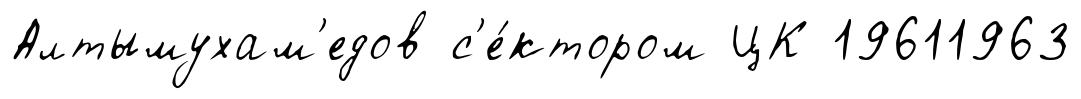
Алтымухам'едов с'е́ктором ЦК 19611963